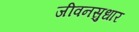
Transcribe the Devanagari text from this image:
जीवनसुधार